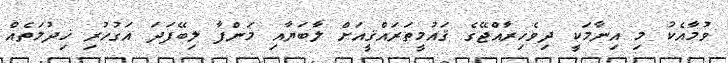
ވުމާއެކު މި އިނާމަކީ ދިވެހިރާއްޖޭގެ ޤައުމީތަރައްޤީއަށް ލާބަޔާއި މަންފާ ލިބޭފަދަ އަގުހުރި ޚިދުމަތެއް